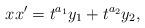
LaTeX: \begin{align*} x x' = t^{a_1}y_1 + t^{a_2}y_2,\end{align*}